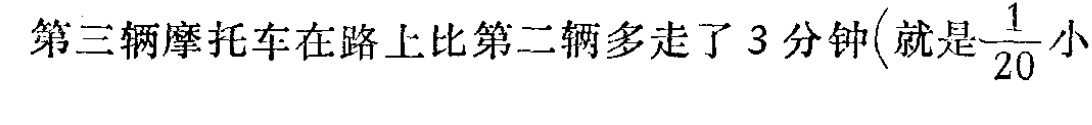
第三辆摩托车在路上比第二辆多走了 3 分钟\(就是\frac{1}{20}小\)